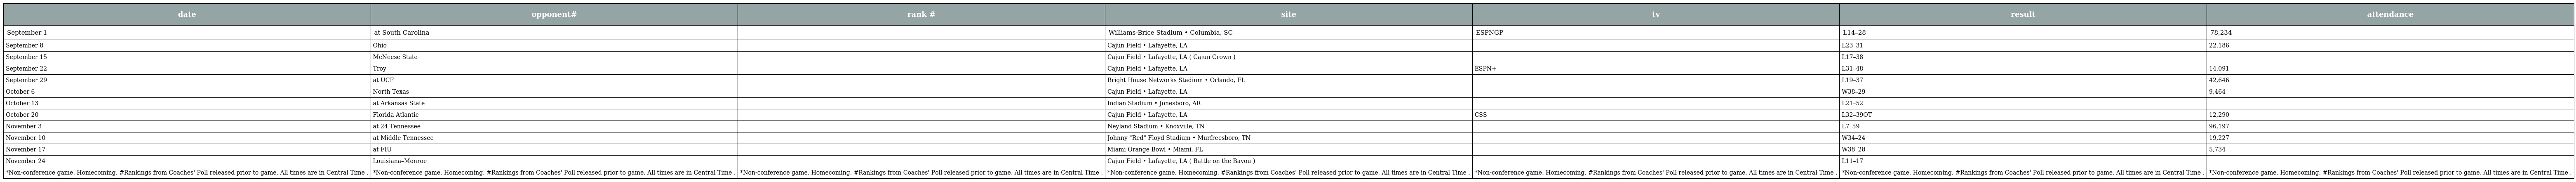
| date | opponent# | rank # | site | tv | result | attendance |
 | --- | --- | --- | --- | --- | --- | --- |
 | September 1 | at South Carolina |  | Williams-Brice Stadium • Columbia, SC | ESPNGP | L14–28 | 78,234 |
 | September 8 | Ohio |  | Cajun Field • Lafayette, LA |  | L23–31 | 22,186 |
 | September 15 | McNeese State |  | Cajun Field • Lafayette, LA ( Cajun Crown ) |  | L17–38 |  |
 | September 22 | Troy |  | Cajun Field • Lafayette, LA | ESPN+ | L31–48 | 14,091 |
 | September 29 | at UCF |  | Bright House Networks Stadium • Orlando, FL |  | L19–37 | 42,646 |
 | October 6 | North Texas |  | Cajun Field • Lafayette, LA |  | W38–29 | 9,464 |
 | October 13 | at Arkansas State |  | Indian Stadium • Jonesboro, AR |  | L21–52 |  |
 | October 20 | Florida Atlantic |  | Cajun Field • Lafayette, LA | CSS | L32–39OT | 12,290 |
 | November 3 | at 24 Tennessee |  | Neyland Stadium • Knoxville, TN |  | L7–59 | 96,197 |
 | November 10 | at Middle Tennessee |  | Johnny "Red" Floyd Stadium • Murfreesboro, TN |  | W34–24 | 19,227 |
 | November 17 | at FIU |  | Miami Orange Bowl • Miami, FL |  | W38–28 | 5,734 |
 | November 24 | Louisiana–Monroe |  | Cajun Field • Lafayette, LA ( Battle on the Bayou ) |  | L11–17 |  |
 | *Non-conference game. Homecoming. #Rankings from Coaches' Poll released prior to game. All times are in Central Time . | *Non-conference game. Homecoming. #Rankings from Coaches' Poll released prior to game. All times are in Central Time . | *Non-conference game. Homecoming. #Rankings from Coaches' Poll released prior to game. All times are in Central Time . | *Non-conference game. Homecoming. #Rankings from Coaches' Poll released prior to game. All times are in Central Time . | *Non-conference game. Homecoming. #Rankings from Coaches' Poll released prior to game. All times are in Central Time . | *Non-conference game. Homecoming. #Rankings from Coaches' Poll released prior to game. All times are in Central Time . | *Non-conference game. Homecoming. #Rankings from Coaches' Poll released prior to game. All times are in Central Time . |